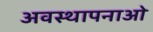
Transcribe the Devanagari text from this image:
अवस्थापनाओ